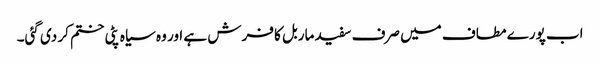
اب پورے مطاف میں صرف سفید ماربل کا فرش ہے اور وہ سیاہ پٹی ختم کر دی گئی۔